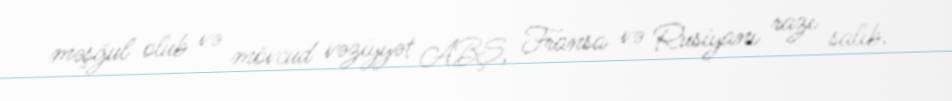
məşğul olub və mövcud vəziyyət ABŞ, Fransa və Rusiyanı razı salıb.